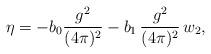
LaTeX: \begin{align*}\eta=-b_0 \frac{g^2}{(4\pi)^2} -b_1\, \frac{g^2}{(4\pi)^2}\, w_2,\end{align*}